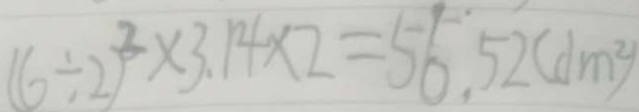
( 6 \div 2 ) ^ { 2 } \times 3 . 1 4 \times 2 = 5 6 . 5 2 ( d m ^ { 2 } )